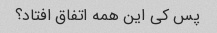
پس کی این همه اتفاق افتاد؟